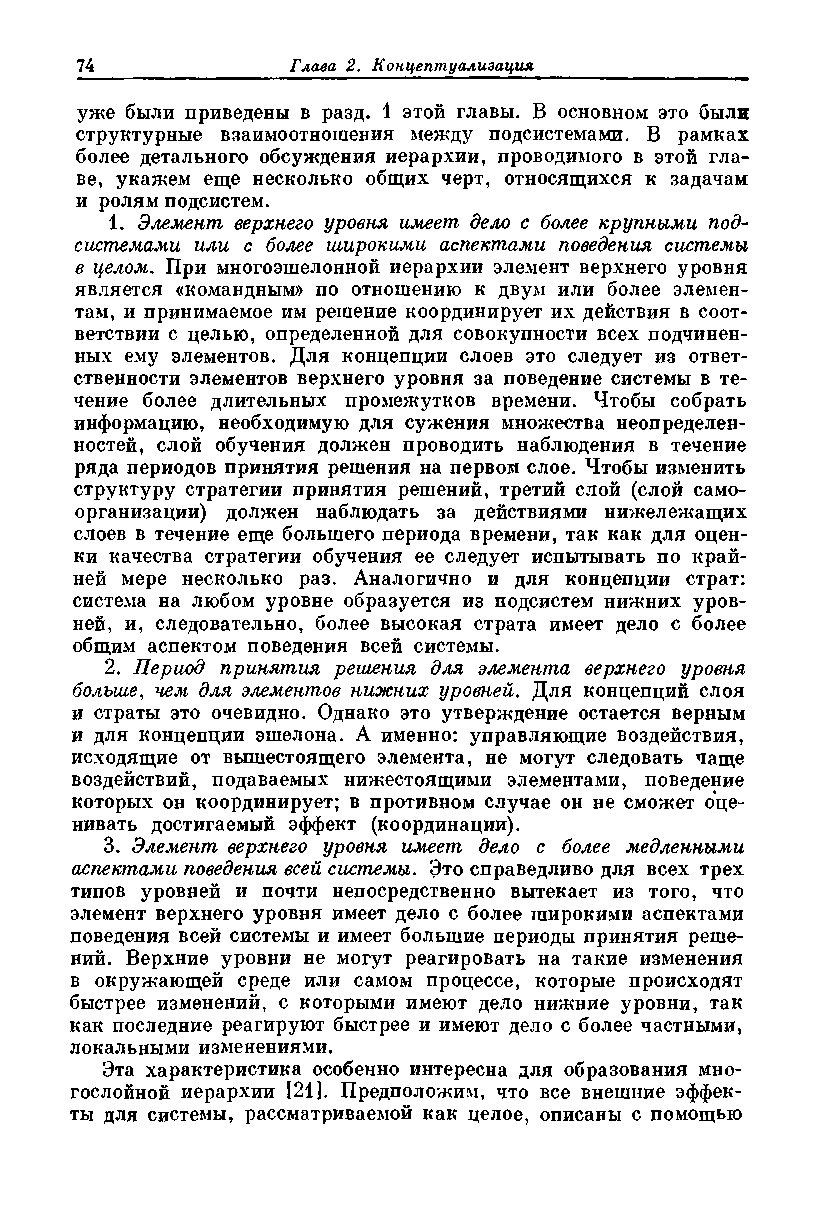
уже были приведены в разд. 1 этой главы. В основном это были
 структурные взаимоотношения между подсистемами. В рамках
 более детального обсуждения иерархии, проводимого в этой гла­
 ве, укажем еще несколько общих черт, относящихся к задачам
 и ролям подсистем.
 1. Элемент верхнего уровня имеет дело с более крупными под­
 системами или с более широкими аспектами поведения системы
 в целом. При многоэшелонной иерархии элемент верхнего уровня
 является «командным» по отношению к двум или более элемен­
 там, и принимаемое им решение координирует их действия в соот­
 ветствии с целью, определенной для совокупности всех подчинен­
 ных ему элементов. Для концепции слоев это следует из ответ­
 ственности элементов верхнего уровня за поведение системы в те­
 чение более длительных промежутков времени. Чтобы собрать
 информацию, необходимую для сужения множества неопределен­
 ностей, слой обучения должен проводить наблюдения в течение
 ряда периодов принятия решения на первом слое. Чтобы изменить
 структуру стратегии принятия решений, третий слой (слой само­
 организации) должен наблюдать за действиями нижележащих
 слоев в течение еще большего периода времени, так как для оцен­
 ки качества стратегии обучения ее следует испытывать по край­
 ней мере несколько раз. Аналогично и для концепции страт:
 система на любом уровне образуется из подсистем нижних уров­
 ней, и, следовательно, более высокая страта имеет дело с более
 общим аспектом поведения всей системы.
 2. Период принятия решения для элемента верхнего уровня
 больше, чем для элементов нижних уровней. Для концепций слоя
 и страты это очевидно. Однако это утверждение остается верным
 и для концепции эшелона. А именно: управляющие воздействия,
 исходящие от вышестоящего элемента, не могут следовать чаще
 воздействий, подаваемых нижестоящими элементами, поведение
 которых он координирует; в противном случае он не сможет оце­
 нивать достигаемый эффект (координации).
 3. Элемент верхнего уровня имеет дело с более медленными
 аспектами поведения всей системы. Это справедливо для всех трех
 типов уровней и почти непосредственно вытекает из того, что
 элемент верхнего уровня имеет дело с более широкими аспектами
 поведения всей системы и имеет большие периоды принятия реше­
 ний. Верхние уровни не могут реагировать на такие изменения
 в окружающей среде или самом процессе, которые происходят
 быстрее изменений, с которыми имеют дело нижние уровни, так
 как последние реагируют быстрее и имеют дело с более частными,
 локальными изменениями.
 Эта характеристика особенно интересна для образования мно­
 гослойной иерархии [21]. Предположим, что все внешние эффек­
 ты для системы, рассматриваемой как целое, описаны с помощью